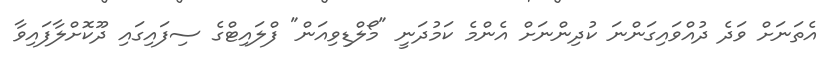
އެތަނަށް ވަދެ ދުއްވައިގަންނަ ކުދިންނަށް އެންމެ ކަމުދަނީ "މޯލްޑިވިއަން" ފްލައިޓްގެ ސިފައިގައި ދޫކޮށްލާފައިވާ